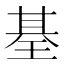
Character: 𤦢